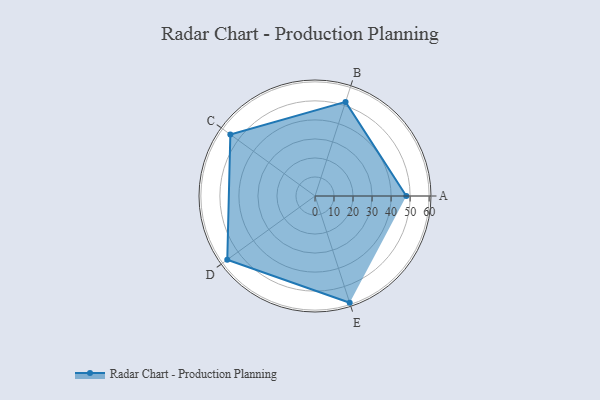
{"axis": {"x": "Skill", "y": "Score"}, "legend": ["Profile"], "data": [{"x": "A", "y": 48.0, "type": "Profile"}, {"x": "B", "y": 52.0, "type": "Profile"}, {"x": "C", "y": 55.0, "type": "Profile"}, {"x": "D", "y": 57.0, "type": "Profile"}, {"x": "E", "y": 59.0, "type": "Profile"}]}